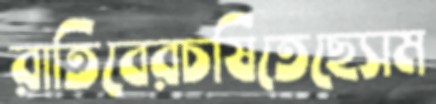
রাতিবেরচষিতেছেসম